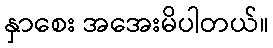
နှာစေး အအေးမိပါတယ်။